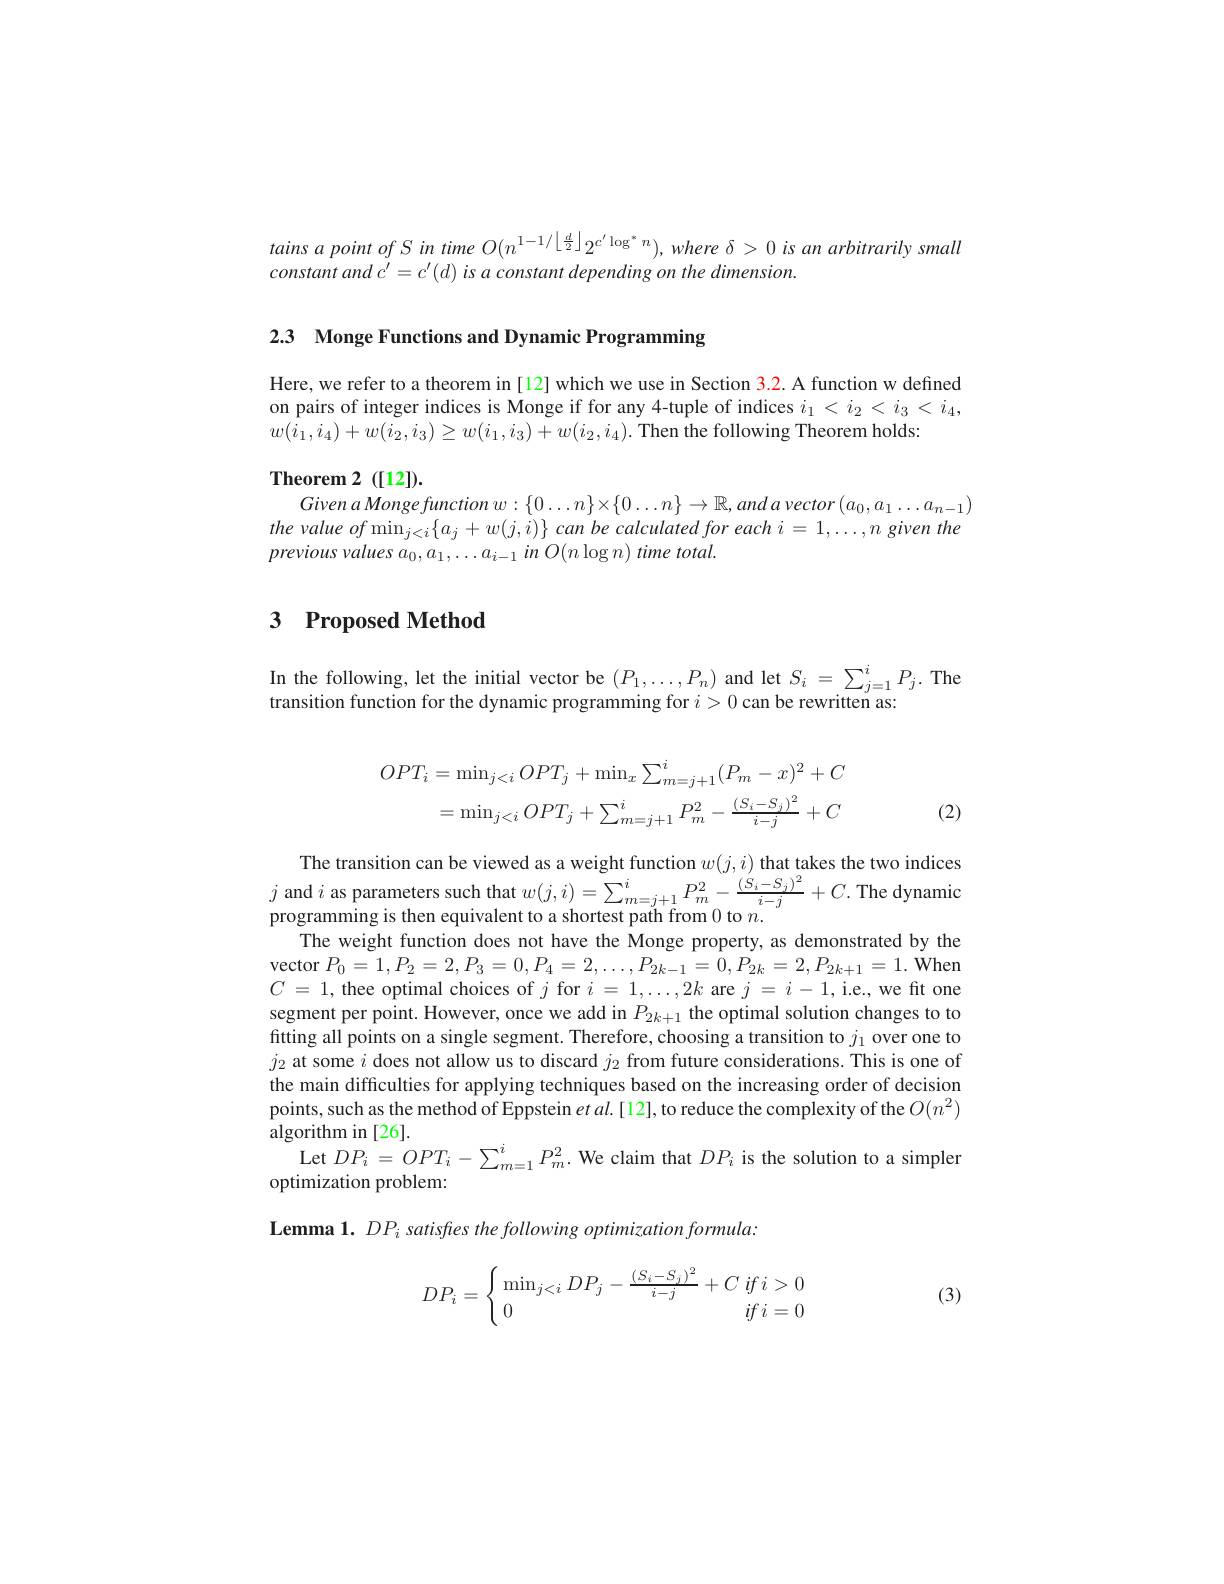
tains $a$ point of S in time $O(n^1-1/\left\lfloor\frac d2\right\rfloor2^{c^{\prime}\log^{*}n}),where\delta>0$ is an arbitrarily small
constant and $c^{\prime }= c^{\prime }( d)$ $is$ $a$ constant depending $on$ the $dimension.$

2.3 Monge Functions and Dynamic Programming

Here, we refer to a theorem in [12] which we use in Section 3.2. A function w defined on pairs of integer indices is Monge if for any 4-tuple of indices $i_1<i_2<i_3<i_4$, $w(i_1,i_4)+w(i_2,i_3)\geq w(i_1,i_3)+w(i_2,i_4).$Then the following Theorem holds:

$\mathbf{Theorem~2~([12]).}$

$GivenaMongefunctionw:\{0\ldots n\}\times\{0\ldots n\}\to\mathbb{R},andavector(a_0,a_1\ldots a_{n-1})$ the value $of\min _{j< i}\{ a_{j}+ w( j, i) \}$ can be calculated for each i = 1,...,n given the previous values $a_{0}, a_{1}, \ldots a_{i- 1}$ $in$ $O( n\log n)$ time $total.$

# 3 Proposed Method

In the following, let the initial vector be $(P_1,\ldots,P_n)$ and let $S_i=\sum_{j=1}^iP_j.$ The
transition function for the dynamic programming for $i>0$ can be rewritten as
$$OPT_{i}=\operatorname*{min}_{j<i}OPT_{j}+\operatorname*{min}_{x}\sum_{m=j+1}^{i}(P_{m}-x)^{2}+C\\=\operatorname*{min}_{j<i}OPT_{j}+\sum_{m=j+1}^{i}P_{m}^{2}-\frac{(S_{i}-S_{j})^{2}}{i-j}+C$$
(2)

The transition can be viewed as a weight function $w(j,i)$ that takes the two indices $j$ and $i$ as parameters such that $w(j,i)=\sum_{m=j+1}^{i}P_{m}^{2}-\frac{(S_{i}-S_{j})^{*}}{i-j}+C.$ The dynami programming is then equivalent to a shortest path from 0 to $n.$
The weight function does not have the Monge property, as demonstrated by the vector $P_0=1,P_2=2,P_3=0,P_4=2,\ldots,P_{2k-1}=0,P_{2k}=2,P_{2k+1}=1.$ When $C$ = 1, thee optimal choices of $j$ for $i$ = $1, \ldots , 2k$ are $j$ = $i- 1$,i.e., we fit one segment per point. However, once we add in $P_{2k+1}$ the optimal solution changes to to fitting all points on a single segment. Therefore, choosing a transition to $j_1$ over one to $j_{2}$ at some $i$ does not allow us to discard $j_{2}$ from future considerations. This is one of the main difficulties for applying techniques based on the increasing order of decision points, such as the method of Eppstein $etal.[12]$,to reduce the complexity of the $O(n^{2})$ algorithm in [26].
Let $DP_i=OPT_i-\sum_{m=1}^iP_m^2.$ We claim that $DP_i$ is the solution to a simpler
optimization problem:
Lemma 1. DPi satisfres the following optimization formula:
$$DP_i=\left\{\begin{array}{lr}\min_{j<i}DP_j-\frac{(S_i-S_j)^2}{i-j}+C\:if\:i>0\\0&if\:i=0\end{array}\right.$$
(3)